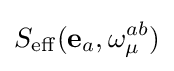
S_{\rm {eff}}({\bf {e}}_{a},{\omega }_{\mu }^{ab})